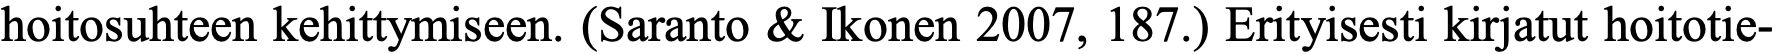
hoitosuhteen kehittymiseen. (Saranto & Ikonen 2007, 187.) Erityisesti kirjatut hoitotie-